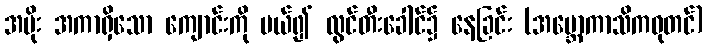
အမိုး အကာရှိသော ကျောင်းကို ပယ်၍ လွင်တီးခေါင်၌ နေခြင်း (အဗ္ဘောကာသိကဓုတင်)